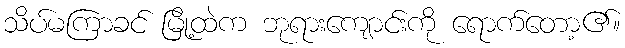
သိပ်မကြာခင် မြို့ထဲက ဘုရားကျောင်းကို ရောက်တော့၏။